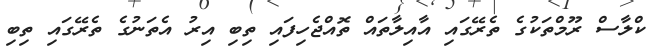
ކްލާސް ރޫމްތަކުގެ ތެރޭގައި އާއިލާތައް ތޮއްޖެހިފައި ތިބި އިރު އެތަނުގެ ތެރޭގައި ތިބި